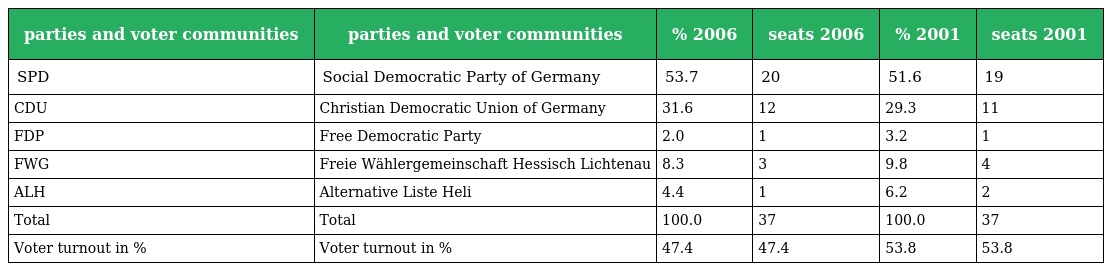
| parties and voter communities | parties and voter communities | % 2006 | seats 2006 | % 2001 | seats 2001 |
 | --- | --- | --- | --- | --- | --- |
 | SPD | Social Democratic Party of Germany | 53.7 | 20 | 51.6 | 19 |
 | CDU | Christian Democratic Union of Germany | 31.6 | 12 | 29.3 | 11 |
 | FDP | Free Democratic Party | 2.0 | 1 | 3.2 | 1 |
 | FWG | Freie Wählergemeinschaft Hessisch Lichtenau | 8.3 | 3 | 9.8 | 4 |
 | ALH | Alternative Liste Heli | 4.4 | 1 | 6.2 | 2 |
 | Total | Total | 100.0 | 37 | 100.0 | 37 |
 | Voter turnout in % | Voter turnout in % | 47.4 | 47.4 | 53.8 | 53.8 |